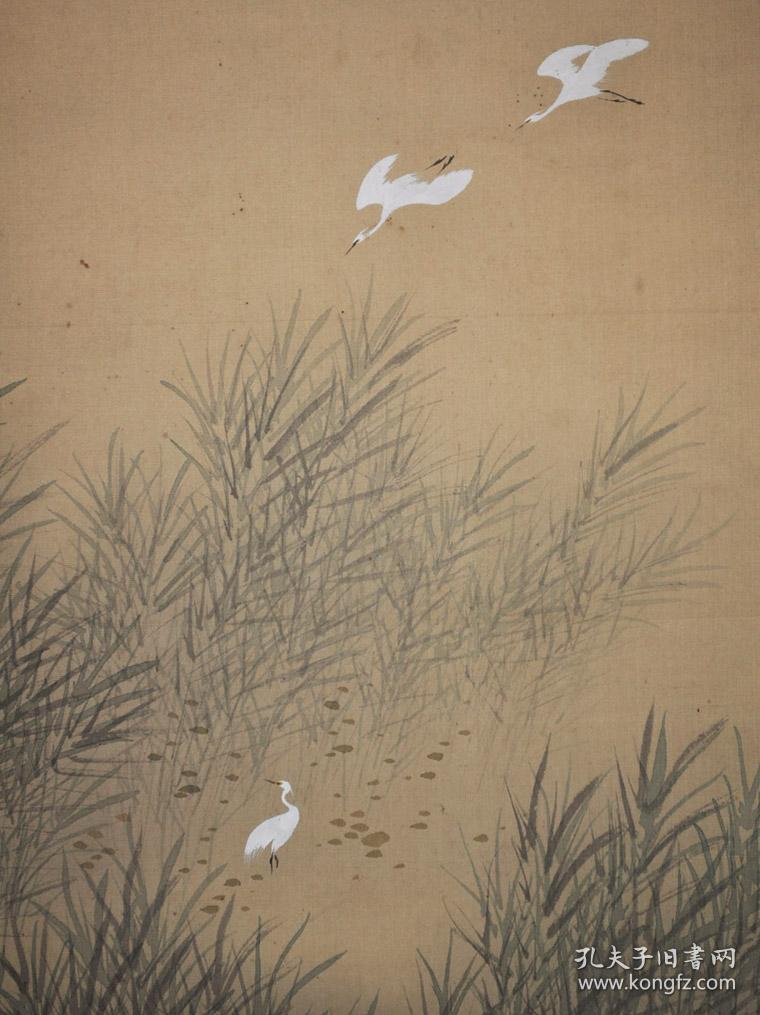
阁雪云低，卷沙风急，惊雁失序。